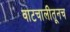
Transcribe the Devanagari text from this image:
वाटचालीतूनच